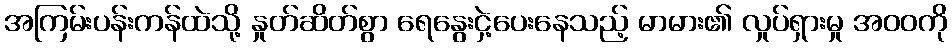
အကြမ်းပန်းကန်ထဲသို့ နှုတ်ဆိတ်စွာ ရေနွေးငှဲ့ပေးနေသည့် မာမား၏ လှုပ်ရှားမှု အဝဝကို